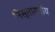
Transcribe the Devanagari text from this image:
निस्तारणीय